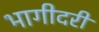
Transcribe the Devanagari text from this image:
भागीदरी